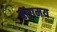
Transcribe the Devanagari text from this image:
वांगमय